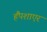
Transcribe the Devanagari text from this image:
हैंपशाएर